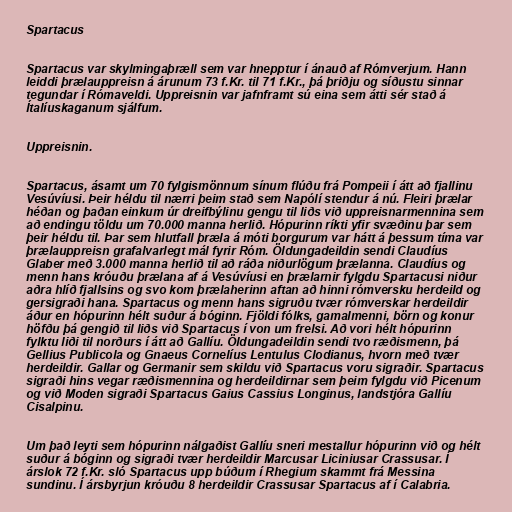
Spartacus

Spartacus var skylmingaþræll sem var hnepptur í ánauð af Rómverjum. Hann
leiddi þrælauppreisn á árunum 73 f.Kr. til 71 f.Kr., þá þriðju og síðustu sinnar
tegundar í Rómaveldi. Uppreisnin var jafnframt sú eina sem átti sér stað á
Ítalíuskaganum sjálfum.

Uppreisnin.

Spartacus, ásamt um 70 fylgismönnum sínum flúðu frá Pompeii í átt að fjallinu
Vesúvíusi. Þeir héldu til nærri þeim stað sem Napólí stendur á nú. Fleiri þrælar
héðan og þaðan einkum úr dreifbýlinu gengu til liðs við uppreisnarmennina sem
að endingu töldu um 70.000 manna herlið. Hópurinn ríkti yfir svæðinu þar sem
þeir héldu til. Þar sem hlutfall þræla á móti borgurum var hátt á þessum tíma var
þrælauppreisn grafalvarlegt mál fyrir Róm. Öldungadeildin sendi Claudíus
Glaber með 3.000 manna herlið til að ráða niðurlögum þrælanna. Claudíus og
menn hans króuðu þrælana af á Vesúvíusi en þrælarnir fylgdu Spartacusi niður
aðra hlíð fjallsins og svo kom þrælaherinn aftan að hinni rómversku herdeild og
gersigraði hana. Spartacus og menn hans sigruðu tvær rómverskar herdeildir
áður en hópurinn hélt suður á bóginn. Fjöldi fólks, gamalmenni, börn og konur
höfðu þá gengið til liðs við Spartacus í von um frelsi. Að vori hélt hópurinn
fylktu liði til norðurs í átt að Gallíu. Öldungadeildin sendi tvo ræðismenn, þá
Gellius Publicola og Gnaeus Cornelíus Lentulus Clodianus, hvorn með tvær
herdeildir. Gallar og Germanir sem skildu við Spartacus voru sigraðir. Spartacus
sigraði hins vegar ræðismennina og herdeildirnar sem þeim fylgdu við Picenum
og við Moden sigraði Spartacus Gaius Cassius Longinus, landstjóra Gallíu
Cisalpinu.

Um það leyti sem hópurinn nálgaðist Gallíu sneri mestallur hópurinn við og hélt
suður á bóginn og sigraði tvær herdeildir Marcusar Liciniusar Crassusar. Í
árslok 72 f.Kr. sló Spartacus upp búðum í Rhegium skammt frá Messina
sundinu. Í ársbyrjun króuðu 8 herdeildir Crassusar Spartacus af í Calabria.